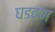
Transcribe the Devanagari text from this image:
घडवण